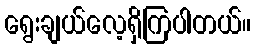
ရွေးချယ်လေ့ရှိကြပါတယ်။